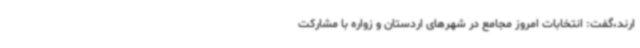
ارند،گفت: انتخابات امروز مجامع در شهرهای اردستان و زواره با مشارکت